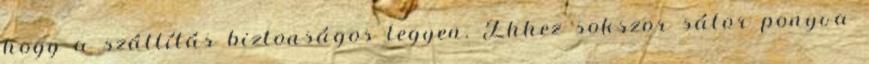
hogy a szállítás biztonságos legyen. Ehhez sokszor sátor ponyva